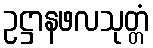
ဥဋ္ဌာနဖလသုတ္တံ